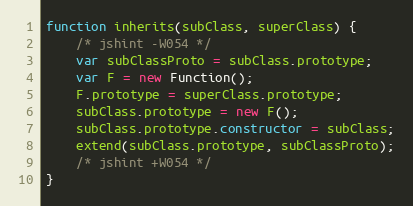
Language: JavaScript
function inherits(subClass, superClass) {
    /* jshint -W054 */
    var subClassProto = subClass.prototype;
    var F = new Function();
    F.prototype = superClass.prototype;
    subClass.prototype = new F();
    subClass.prototype.constructor = subClass;
    extend(subClass.prototype, subClassProto);
    /* jshint +W054 */
}